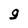
Character: g